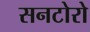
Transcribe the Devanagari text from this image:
सनटोरो